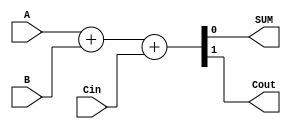
module FullAdder(
  input A,
  input B,
  input Cin,
  output SUM,
  output Cout
);

assign {Cout, SUM} = A + B + Cin;

endmodule